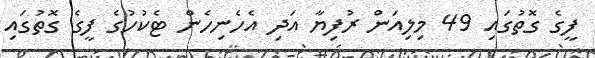
ފީގެ ގޮތުގައި 49 މިލިއަން ރުފިޔާ އަދި އެހެނިހެން ޓެކުހުގެ ފީގެ ގޮތުގައި